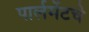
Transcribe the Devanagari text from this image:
पार्लमेंटचे